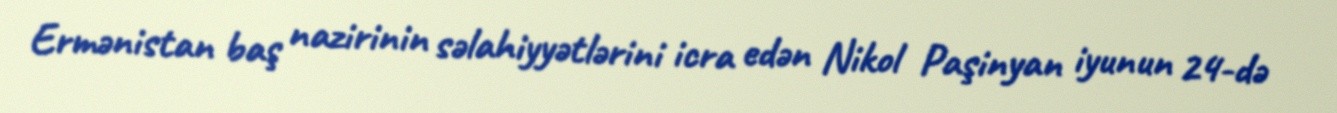
Ermənistan baş nazirinin səlahiyyətlərini icra edən Nikol Paşinyan iyunun 24-də